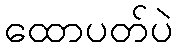
ထောပတ်ပဲ